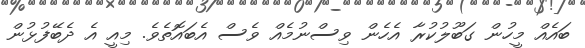
ބައެއް މީހުން ގަބޫލުކުރާ އެހެން ވިސްނުމެއް ވެސް އެބައޮތެވެ. މިއީ އެ ދެބޭފުޅުން